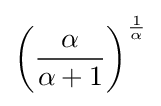
\left({\frac {\alpha }{\alpha +1}}\right)^{\frac {1}{\alpha }}